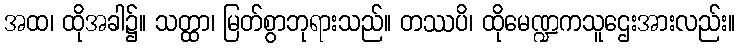
အထ၊ ထိုအခါ၌။ သတ္ထာ၊ မြတ်စွာဘုရားသည်။ တဿပိ၊ ထိုမေဏ္ဍကသူဌေးအားလည်း။